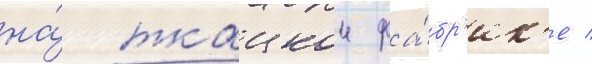
на́ ткацкои фа́бр'ик'е /